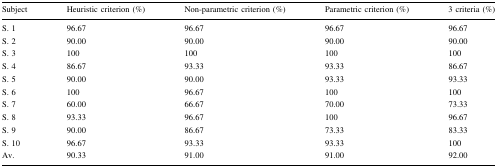
| Subject | Heuristic criterion (%) | Non-parametric criterion (%) | Parametric criterion (%) | 3 criteria (%) |
 | --- | --- | --- | --- | --- |
 | S. 1 | 96.67 | 96.67 | 96.67 | 96.67 |
 | S. 2 | 90.00 | 90.00 | 90.00 | 90.00 |
 | S. 3 | 100 | 100 | 100 | 100 |
 | S. 4 | 86.67 | 93.33 | 93.33 | 86.67 |
 | S. 5 | 90.00 | 90.00 | 93.33 | 93.33 |
 | S. 6 | 100 | 96.67 | 100 | 100 |
 | S. 7 | 60.00 | 66.67 | 70.00 | 73.33 |
 | S. 8 | 93.33 | 96.67 | 100 | 96.67 |
 | S. 9 | 90.00 | 86.67 | 73.33 | 83.33 |
 | S. 10 | 96.67 | 93.33 | 93.33 | 100 |
 | Av. | 90.33 | 91.00 | 91.00 | 92.00 |